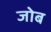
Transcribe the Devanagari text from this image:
जोब